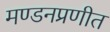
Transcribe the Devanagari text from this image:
मण्डनप्रणीत